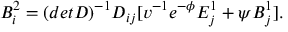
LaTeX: B _ { i } ^ { 2 } = ( d e t D ) ^ { - 1 } D _ { i j } [ v ^ { - 1 } e ^ { - \phi } E _ { j } ^ { 1 } + \psi B _ { j } ^ { 1 } ] .